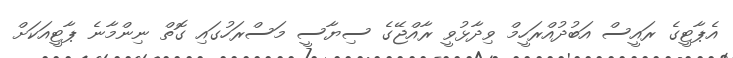
އެޕާޓީގެ ރައީސް އަބުދުއްރަހީމް ވިދާޅުވީ ރާއްޖޭގެ ސިޔާސީ މަސްރަހުގައި ގޮތް ނިންމާނެ ޕާޓީއަކަށް